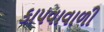
કાપવાવાળી